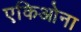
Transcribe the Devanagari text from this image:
एकिओना